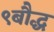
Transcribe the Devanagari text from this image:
९बौद्ध